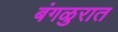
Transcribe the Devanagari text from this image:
बंगळुरात